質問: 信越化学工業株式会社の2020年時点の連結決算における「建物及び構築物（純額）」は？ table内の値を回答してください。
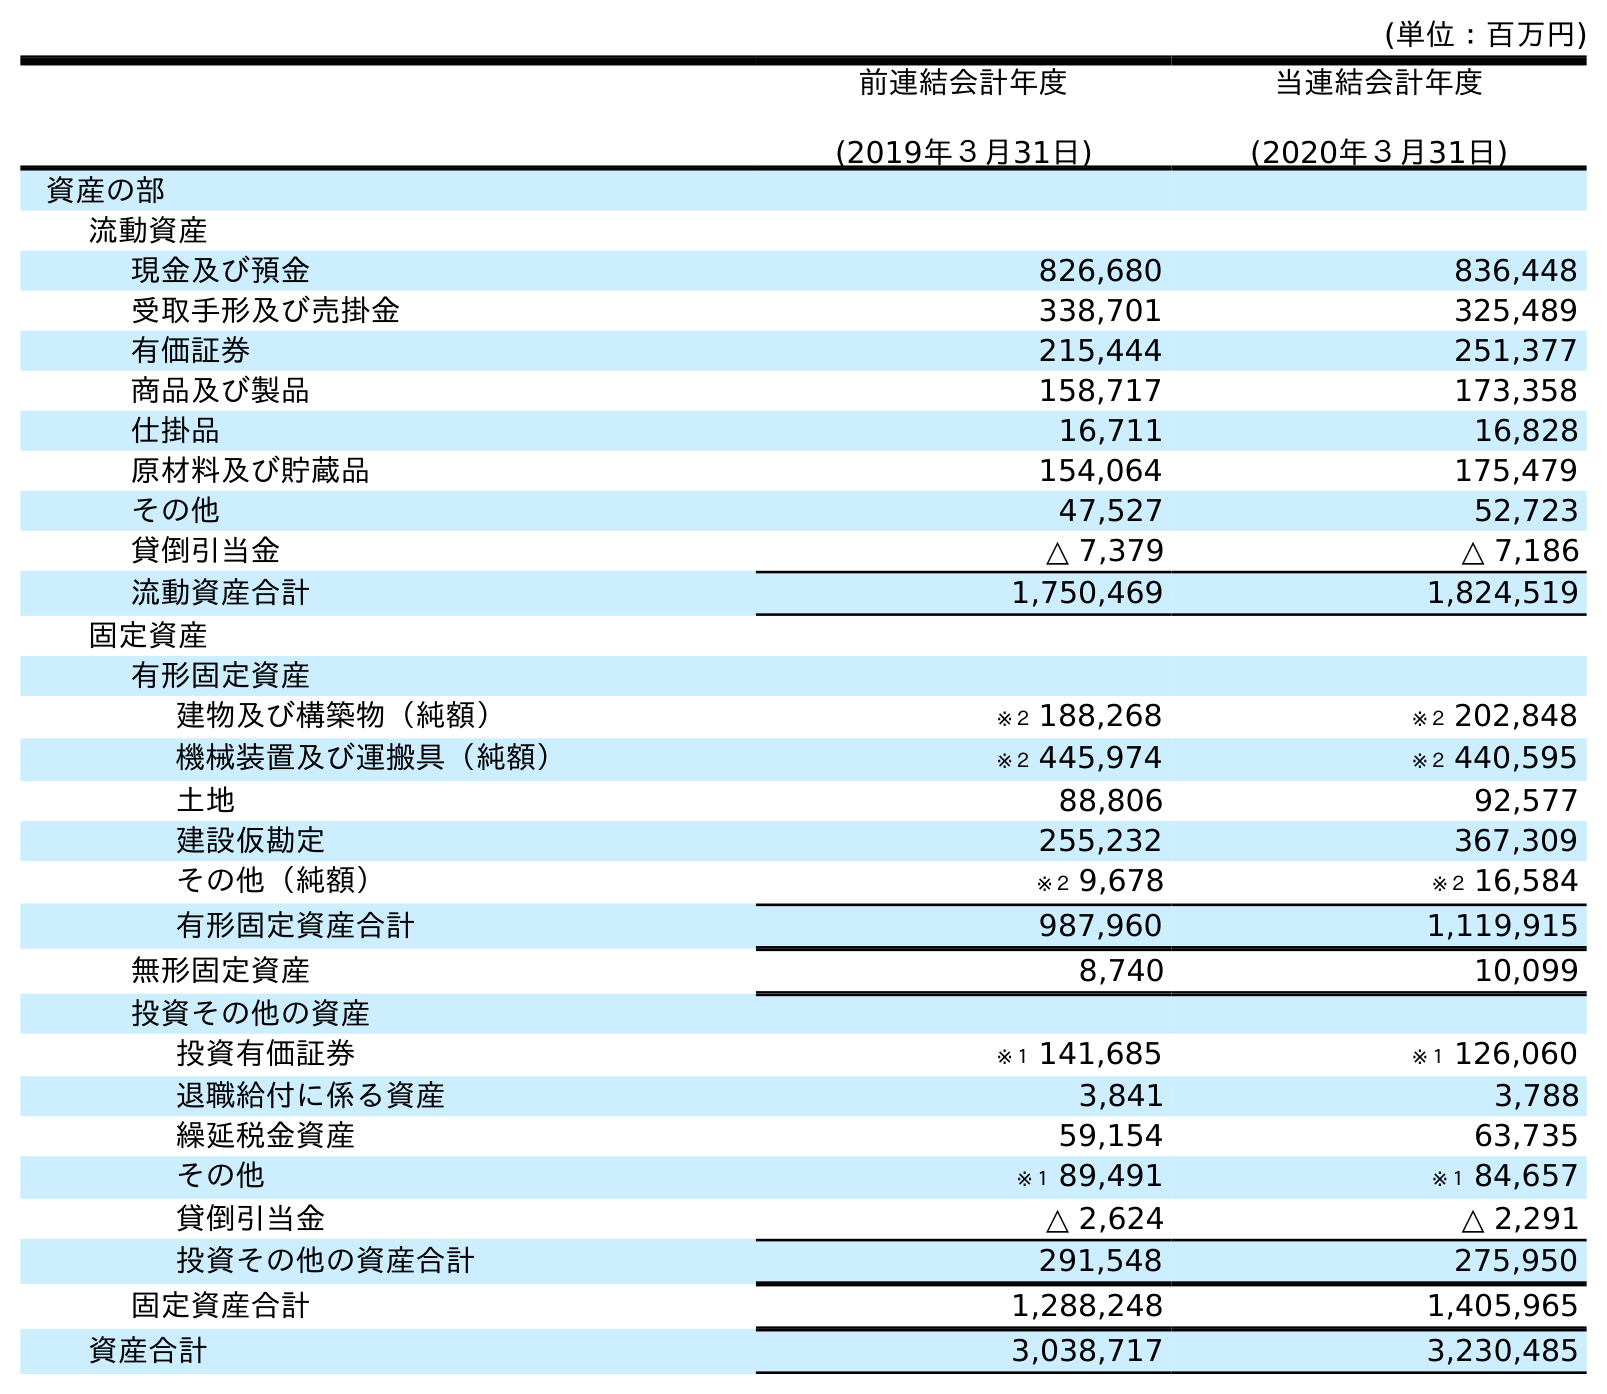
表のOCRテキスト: (単位：百万円) 前連結会計年度 (2019年３月31日) 当連結会計年度 (2020年３月31日) 資産の部 流動資産 現金及び預金 826,680 836,448 受取手形及び売掛金 338,701 325,489 有価証券 215,444 251,377 商品及び製品 158,717 173,358 仕掛品 16,711 16,828 原材料及び貯蔵品 154,064 175,479 その他 47,527 52,723 貸倒引当金 △ 7,379 △ 7,186 流動資産合計 1,750,469 1,824,519 固定資産 有形固定資産 建物及び構築物（純額） ※２ 188,268 ※２ 202,848 機械装置及び運搬具（純額） ※２ 445,974 ※２ 440,595 土地 88,806 92,577 建設仮勘定 255,232 367,309 その他（純額） ※２ 9,678 ※２ 16,584 有形固定資産合計 987,960 1,119,915 無形固定資産 8,740 10,099 投資その他の資産 投資有価証券 ※１ 141,685 ※１ 126,060 退職給付に係る資産 3,841 3,788 繰延税金資産 59,154 63,735 その他 ※１ 89,491 ※１ 84,657 貸倒引当金 △ 2,624 △ 2,291 投資その他の資産合計 291,548 275,950 固定資産合計 1,288,248 1,405,965 資産合計 3,038,717 3,230,485
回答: ※２202,848